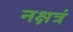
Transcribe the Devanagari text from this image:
नक्षत्रं